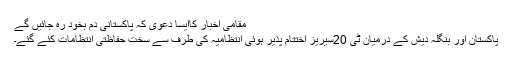
مقامی اخبار کاایسا دعویٰ کہ پاکستانی دم بخود رہ جائیں گے
پاکستان اور بنگلہ دیش کے درمیان ٹی 20سیریز اختتام پذیر ہوئی انتظامیہ کی طرف سے سخت حفاظتی انتظامات کئے گئے۔